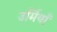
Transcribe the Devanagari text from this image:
उर्मियाँ